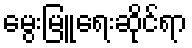
မွေးမြူရေးဆိုင်ရာ